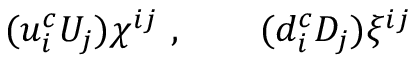
( u _ { i } ^ { c } U _ { j } ) \chi ^ { i j } \ , \qquad ( d _ { i } ^ { c } D _ { j } ) \xi ^ { i j }